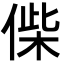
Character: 偨